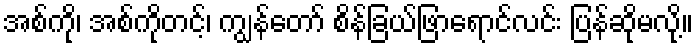
အစ်ကို၊ အစ်ကိုတင့်၊ ကျွန်တော် စိန်ခြယ်ဖြာရောင်လင်း ပြန်ဆိုမလို့။